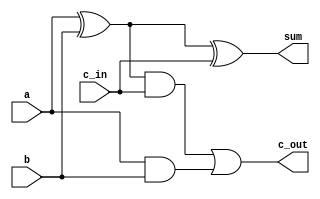
`timescale 1ns / 1ps
//////////////////////////////////////////////////////////////////////////////////
// Company: 
// Engineer: 
// 
// Design Name: 
// Module Name: fulladd
// Project Name: 
// Target Devices: 
// Tool Versions: 
// Description: 
// 
// Dependencies: 
// 
// Revision:
// Revision 0.01 - File Created
// Additional Comments:
// 
//////////////////////////////////////////////////////////////////////////////////


module fulladd(
                input c_in,
                input a,
                input b,
                output wire sum,
                output wire c_out
                );

wire s1, c1, c2;

xor (s1, a, b);
and (c1, a, b);
xor (sum, s1, c_in);
and (c2, s1, c_in);
or (c_out, c2, c1);

endmodule